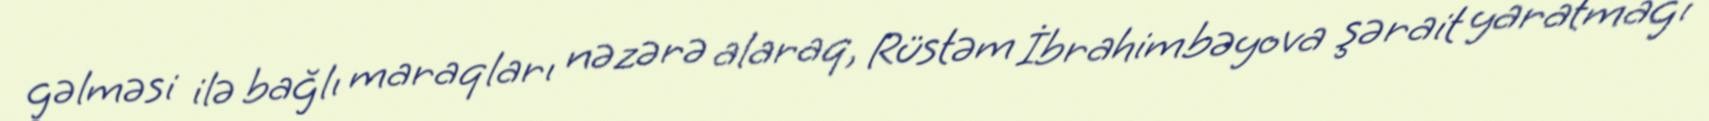
gəlməsi ilə bağlı maraqları nəzərə alaraq, Rüstəm İbrahimbəyova şərait yaratmağı